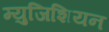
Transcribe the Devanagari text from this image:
म्युजिशियन